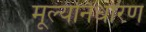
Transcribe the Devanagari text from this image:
मूल्‍यनिर्धारण